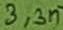
Text: 3,3n